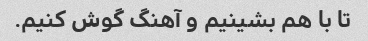
تا با هم بشینیم و آهنگ گوش کنیم.